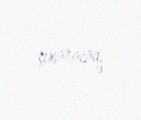
çıxaracaq.